Veterinary regulations India, 1925 -
Year: 1925
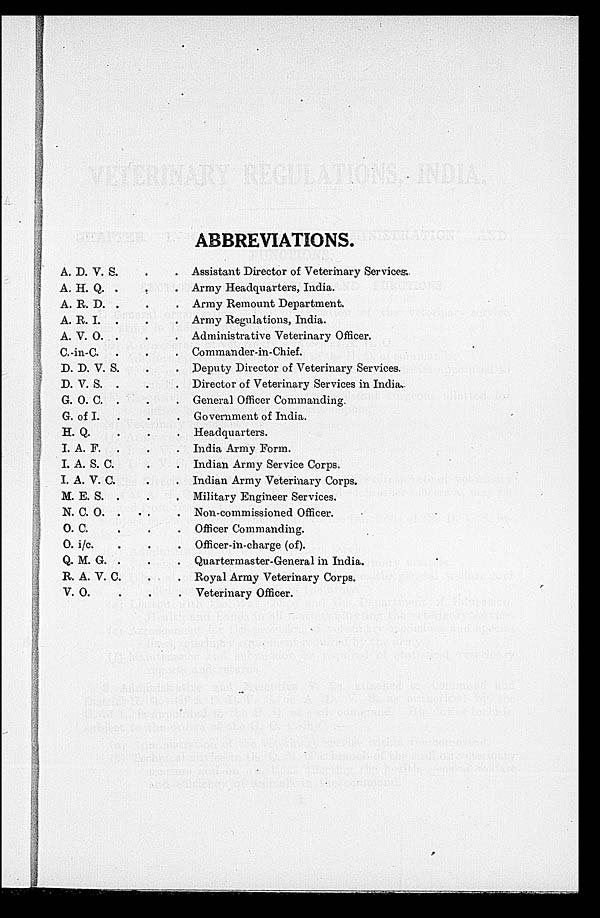
ABBREVIATIONS.
A. D. V. S.
A. H. Q. .
A. R. D. .
A. R. I. .
A. V. O. .
C.-in-C. . .
D. D. V. S. .
D. V. S. . .
G. O. C. .
G. of I . .
H. Q. . .
I. A. F. . .
I. A. S. C. .
I. A. V. C. .
M. E. S. . .
N. C. O. . . .
O. C. . .
O. i/c.
Q. M. G. .
R. A. V. C.
V. O . . .
Assistant Director of Veterinary Services.
Army Headquarters, India.
Array Remount Department.
Army Regulations, India.
Administrative Veterinary Officer.
Commander-in-Chief.
Deputy Director of Veterinary Services.
Director of Veterinary Services in India.
General Officer Commanding.
Government of India.
Headquarters.
India Army Form.
Indian Army Service Corps.
Indian Army Veterinary Corps.
Military Engineer Services.
Non-commissioned Officer.
Officer Commanding.
Officer-in-charge (of).
Quartermaster-General in India.
Royal Army Veterinary Corps.
Veterinary Officer.